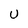
Character: U